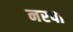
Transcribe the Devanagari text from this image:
नरपा